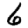
Digit: 6